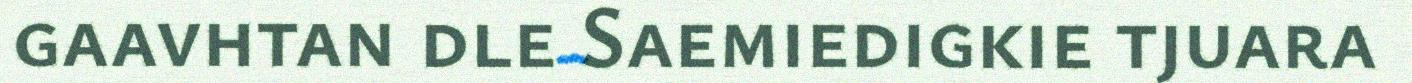
gaavhtan dle Saemiedigkie tjuara